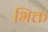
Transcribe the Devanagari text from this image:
भिक्त